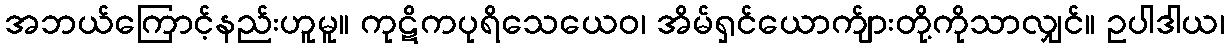
အဘယ်ကြောင့်နည်းဟူမူ။ ကုဋိကပုရိသေယေဝ၊ အိမ်ရှင်ယောက်ျားတို့ကိုသာလျှင်။ ဥပါဒါယ၊